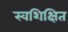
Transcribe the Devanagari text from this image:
स्वशिक्षित